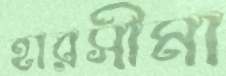
হারসীমা